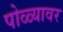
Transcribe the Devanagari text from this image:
पोळ्यावर